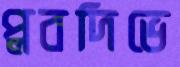
প্লবদিভে